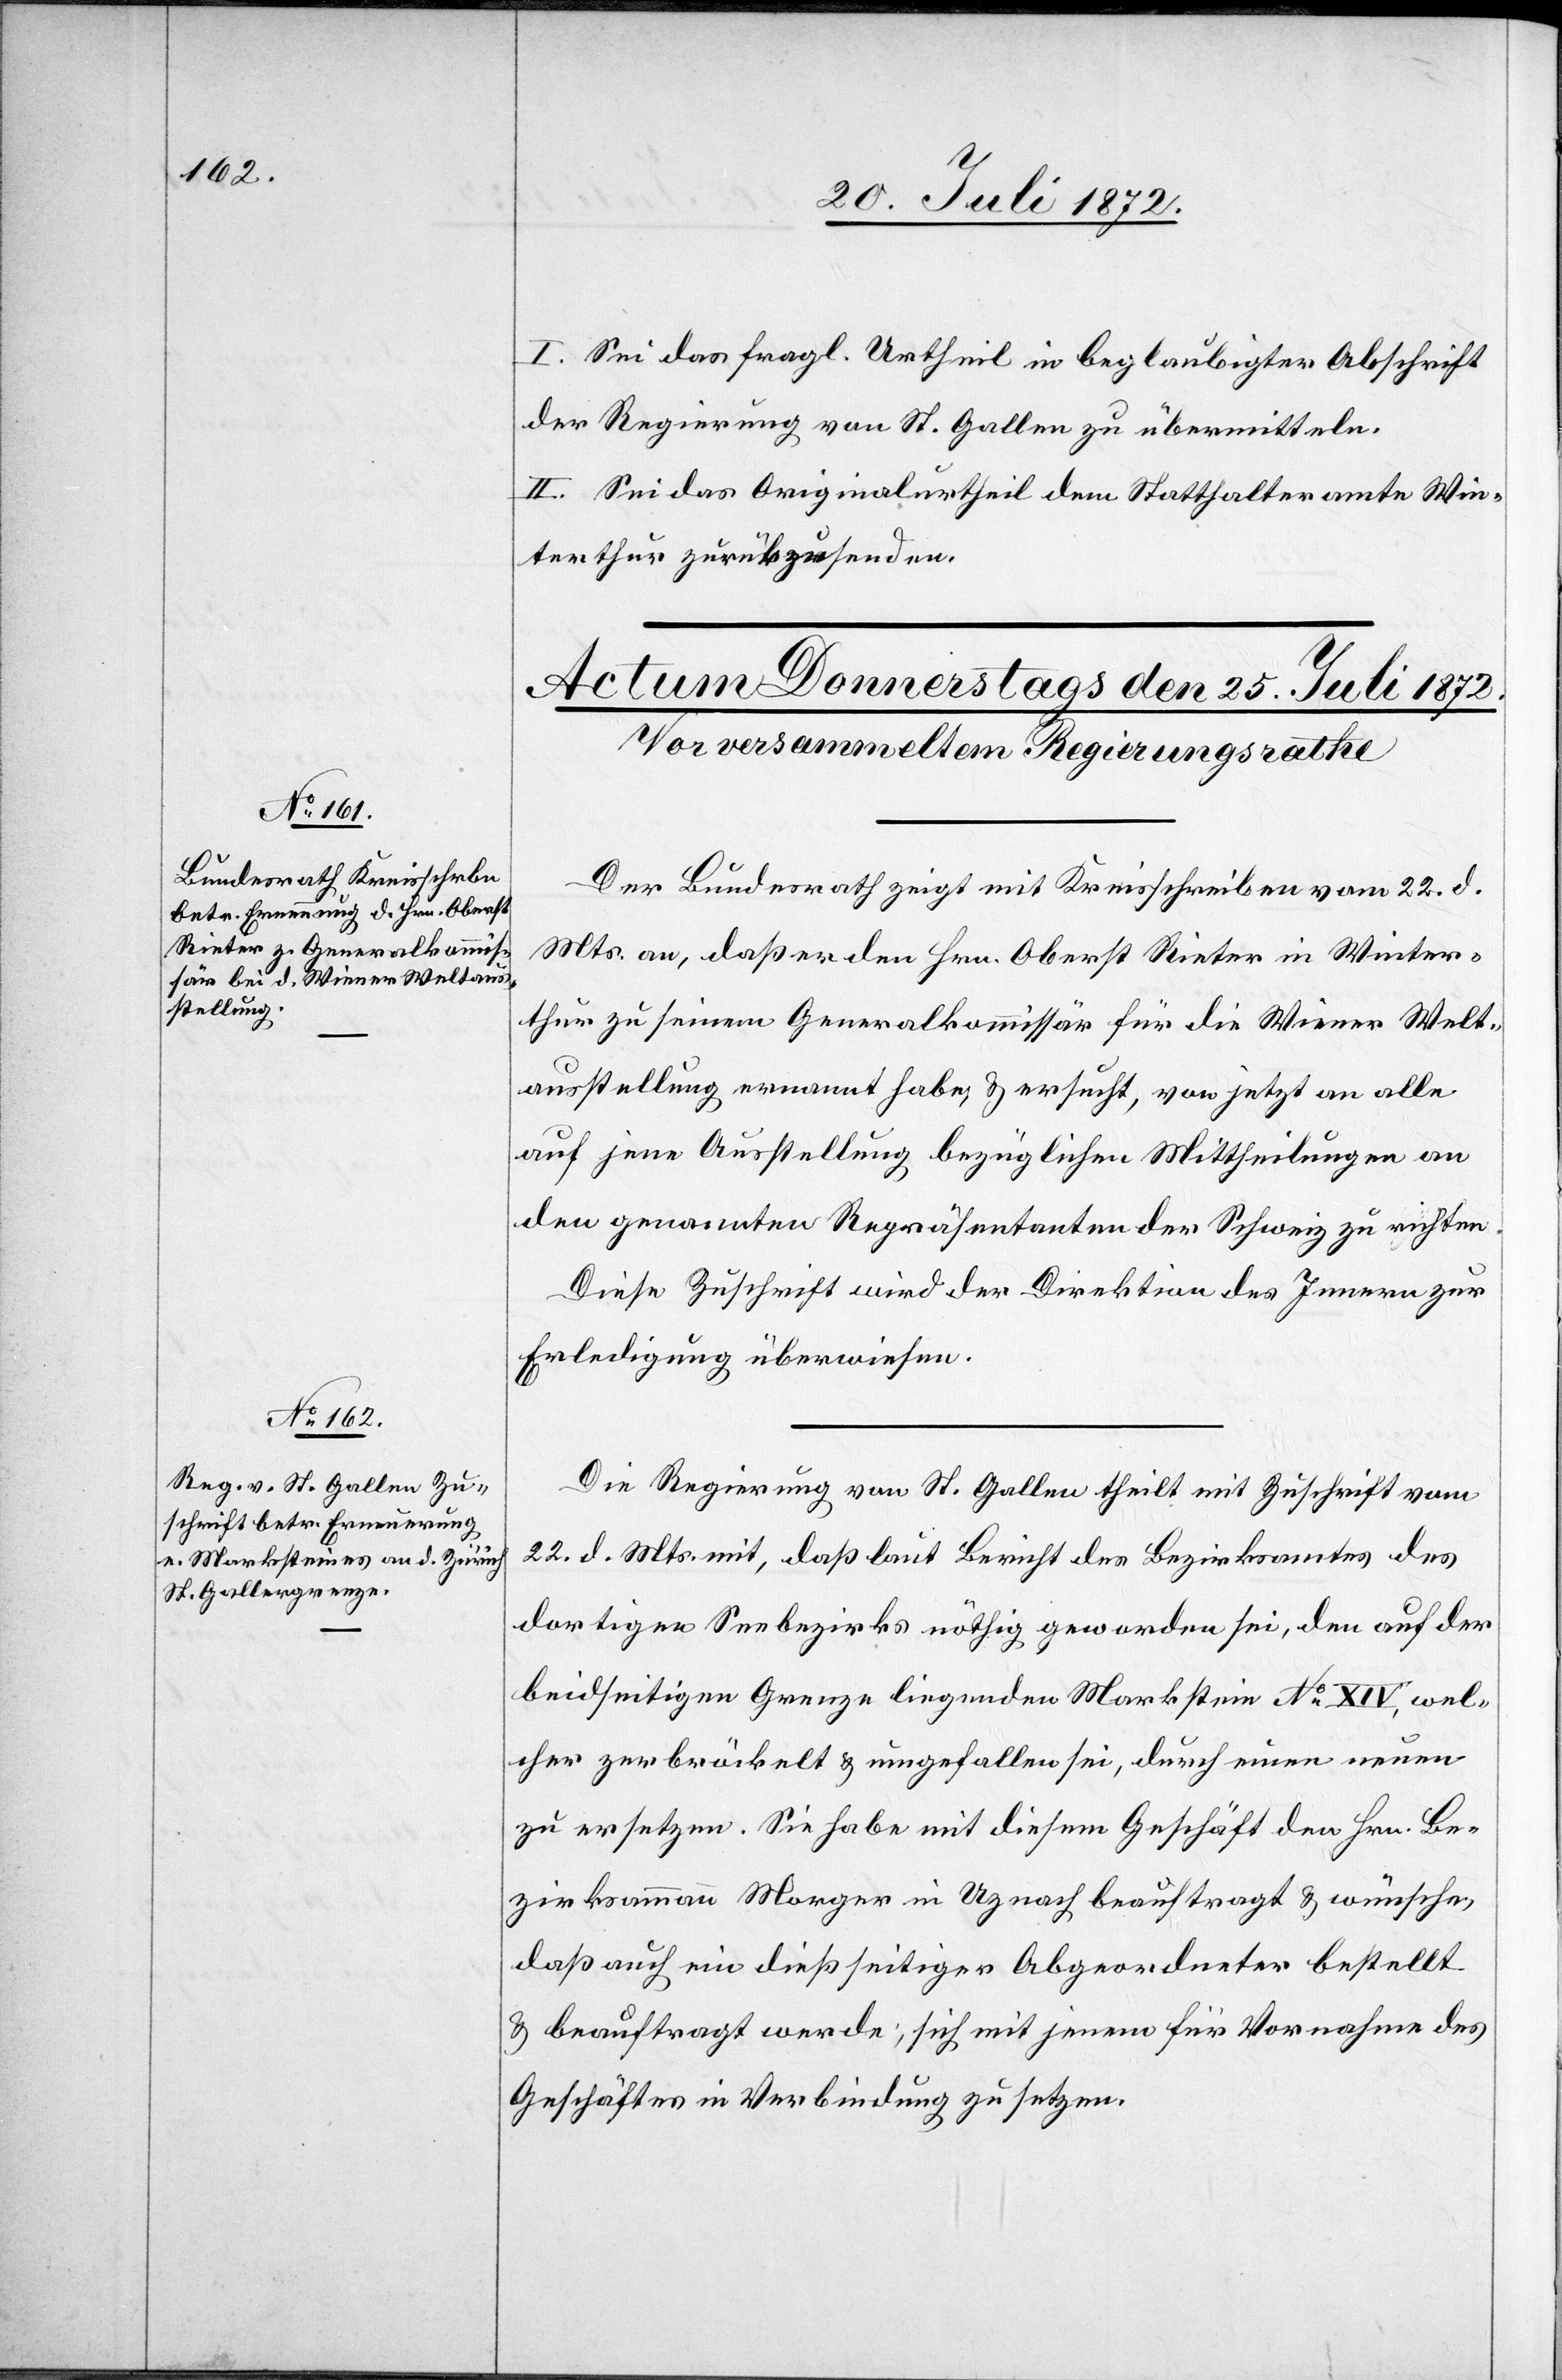
I. Sei das fragl. Urtheil in beglaubigter Abschrift
der Regierung von St. Gallen zu übermitteln.
II. Sei das Originalurtheil dem Statthalteramte Win¬
terthur zurükzusenden.
Der Bundesrath zeigt mit Kreisschreiben vom 22. d.
Mts. an, daß er den Hrn. Oberst Rieter in Winter¬
thur zu seinem Generalkommissär für die Wiener Welt¬
ausstellung ernannt habe, u. ersucht, von jetzt an alle
auf jene Ausstellung bezügliche Mittheilung an
den genannten Repräsentanten der Schweiz zu richten.
Diese Zuschrift wird der Direktion des Innern zur
Erledigung überwiesen.
Die Regierung von St. Gallen theilt mit Zuschrift vom
22. d. Mts. mit, daß laut Bericht des Bezirksamtes des
dortigen Seebezirks nöthig geworden sei, den auf der
beidseitigen Grenze liegenden Markstein No XIV, wel¬
cher zerbröckelt u. umgefallen sei, durch einen neuen
zu ersetzen. Sie habe mit diesem Geschäft den Hrn. Be¬
zirksammann Morger in Uznach beauftragt u. wünsche,
daß auch ein dießseitiger Abgeordneter bestellt
u. beauftragt werde, sich mit jenem für Vornahme des
Geschäftes in Verbindung zu setzen.